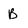
Character: B